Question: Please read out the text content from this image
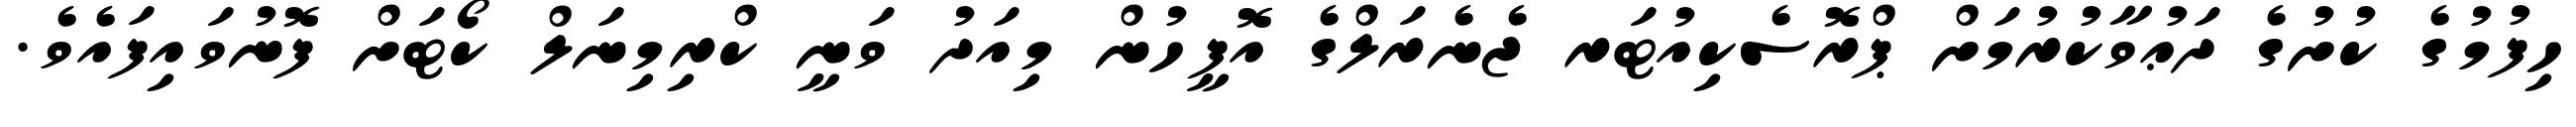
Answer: ހިފުމުގެ ކުށުގެ ދަޢުވާކުރުމަށް ޕްރޮސެކިއުޓަރ ޖެނެރަލްގެ އޮފީހުން މިއަދު ވަނީ ކްރިމިނަލް ކޯޓަށް ފޮނުވައިފައެވެ.